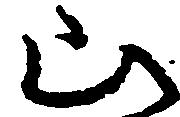
山